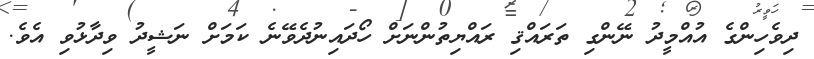
ދިވެހިންގެ އުއްމީދު ނޭންގި ތަރައްޤި ރައްޔިތުންނަށް ހޯދައިނުދެވޭނެ ކަމަށް ނަޝީދު ވިދާޅުވި އެވެ.